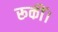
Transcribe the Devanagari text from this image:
रूकीं।